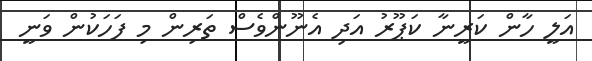
އަލީ ހާން ކަރީނާ ކަޕޫރު އަދި އެނޫންވެސް ތަރިން މި ފަހަކުން ވަނީ